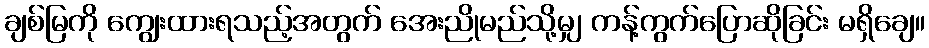
ချစ်မြကို ကျွေးထားရသည့်အတွက် အေးညိုမည်သို့မျှ ကန့်ကွက်ပြောဆိုခြင်း မရှိချေ။